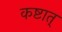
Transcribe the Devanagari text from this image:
कष्टात्